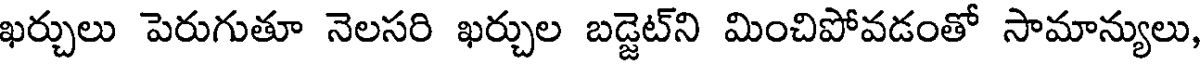
ఖర్చులు పెరుగుతూ నెలసరి ఖర్చుల బడ్జెట్ని మించిపోవడంతో సామాన్యులు,